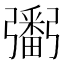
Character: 𢐲